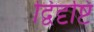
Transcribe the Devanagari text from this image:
द्विदृष्टि